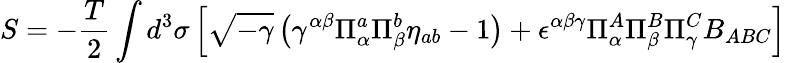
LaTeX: S=-\frac{T}{2}\int d^{3}\sigma\left[\sqrt{-\gamma}\left(\gamma^{\alpha\beta}\Pi_{\alpha}^{a}\Pi_{\beta}^{b}\eta_{ab}-1\right)+\epsilon^{\alpha\beta\gamma}\Pi_{\alpha}^{A}\Pi_{\beta}^{B}\Pi_{\gamma}^{C}B_{ABC}\right]